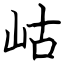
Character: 岵